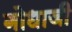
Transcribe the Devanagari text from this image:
गोधाजी